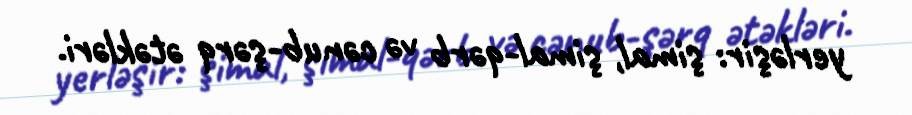
yerləşir: şimal, şimal-qərb və cənub-şərq ətəkləri.